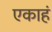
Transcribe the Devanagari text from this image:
एकाहं